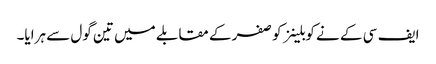
ایف سی کے نے کوبلینز کو صفر کے مقابلے میں تین گول سے ہرایا۔